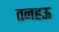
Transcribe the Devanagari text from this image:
तनहऊ